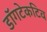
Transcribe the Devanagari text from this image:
डॉगटेकटिव